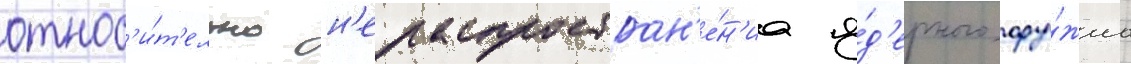
относ'и́т'ельно н'ераспростран'е́н'иа я́д'ерного ору́жиа